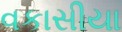
વકાસીયા